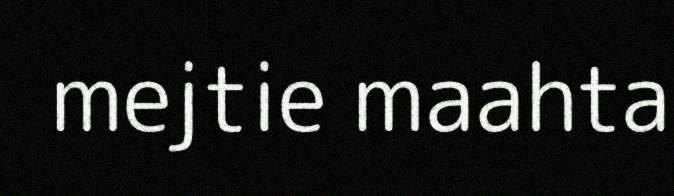
mejtie maahta